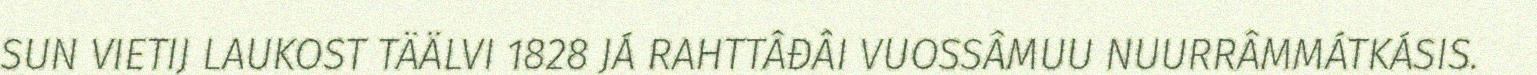
SUN VIETIJ LAUKOST TÄÄLVI 1828 JÁ RAHTTÂĐÂI VUOSSÂMUU NUURRÂMMÁTKÁSIS.